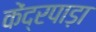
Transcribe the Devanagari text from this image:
केंद्रपाड़ा